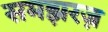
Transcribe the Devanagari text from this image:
समझरज़